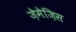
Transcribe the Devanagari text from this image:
ज़ेमेज़िस